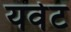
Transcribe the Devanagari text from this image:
यवेट